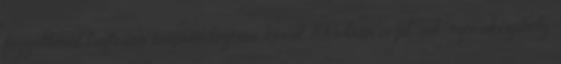
függetlenül biztosan megrendezésre kerül 2013-ban is pl. sok szórakozóhely